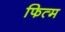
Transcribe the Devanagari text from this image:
फित्म